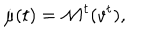
LaTeX: \dot { \mu } ( t ) = { \mathcal M } ^ { t } ( v ^ { t } ) ,